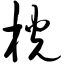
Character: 桄